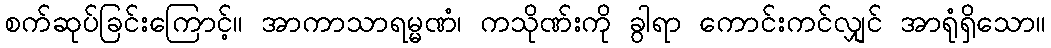
စက်ဆုပ်ခြင်းကြောင့်။ အာကာသာရမ္မဏံ၊ ကသိုဏ်းကို ခွါရာ ကောင်းကင်လျှင် အာရုံရှိသော။